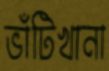
ভাঁটিখানা